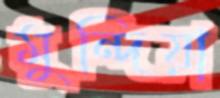
মুন্দিয়া